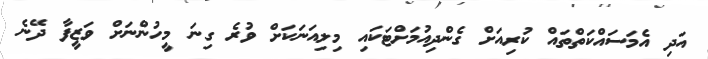
އަދި އެމަސައްކަތްތައް ކުރިއަށް ގެންދިއުމަށްޓަކައި މިލިއަނަކަށް ވުރެ ގިނަ މީހުންނަށް ވަޒީފާ ދޭނެ